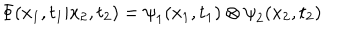
LaTeX: { \Phi } ( x _ { 1 } , t _ { 1 } | x _ { 2 } , t _ { 2 } ) = { \psi } _ { 1 } ( x _ { 1 } , t _ { 1 } ) \otimes { \psi } _ { 2 } ( x _ { 2 } , t _ { 2 } )